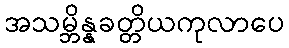
အသမ္ဘိန္နခတ္တိယကုလာပေ